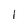
Character: l